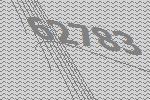
62783